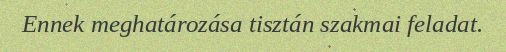
Ennek meghatározása tisztán szakmai feladat.